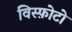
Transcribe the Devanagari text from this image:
विस्फ़ोटो